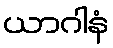
ယာဂါနံ